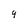
Character: 9